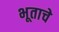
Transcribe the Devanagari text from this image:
भूताचे